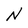
Character: N